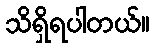
သိရှိရပါတယ်။